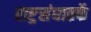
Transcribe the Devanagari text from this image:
राष्ट्र्रसंघातर्फे